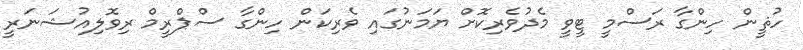
ހުޘީން ހިންގާ ރަސްމީ ޓީވީ މެދުވެރިކޮށް ޔަމަނުގައި ވެރިކަން ހިންގާ ސްޕްރީމް ރިވޮލިއުޝަނަރީ